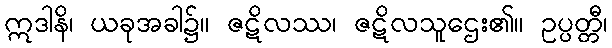
ဣဒါနိ၊ ယခုအခါ၌။ ဇဋိလဿ၊ ဇဋိလသူဌေး၏။ ဥပ္ပတ္တီ၊